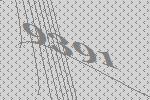
9391